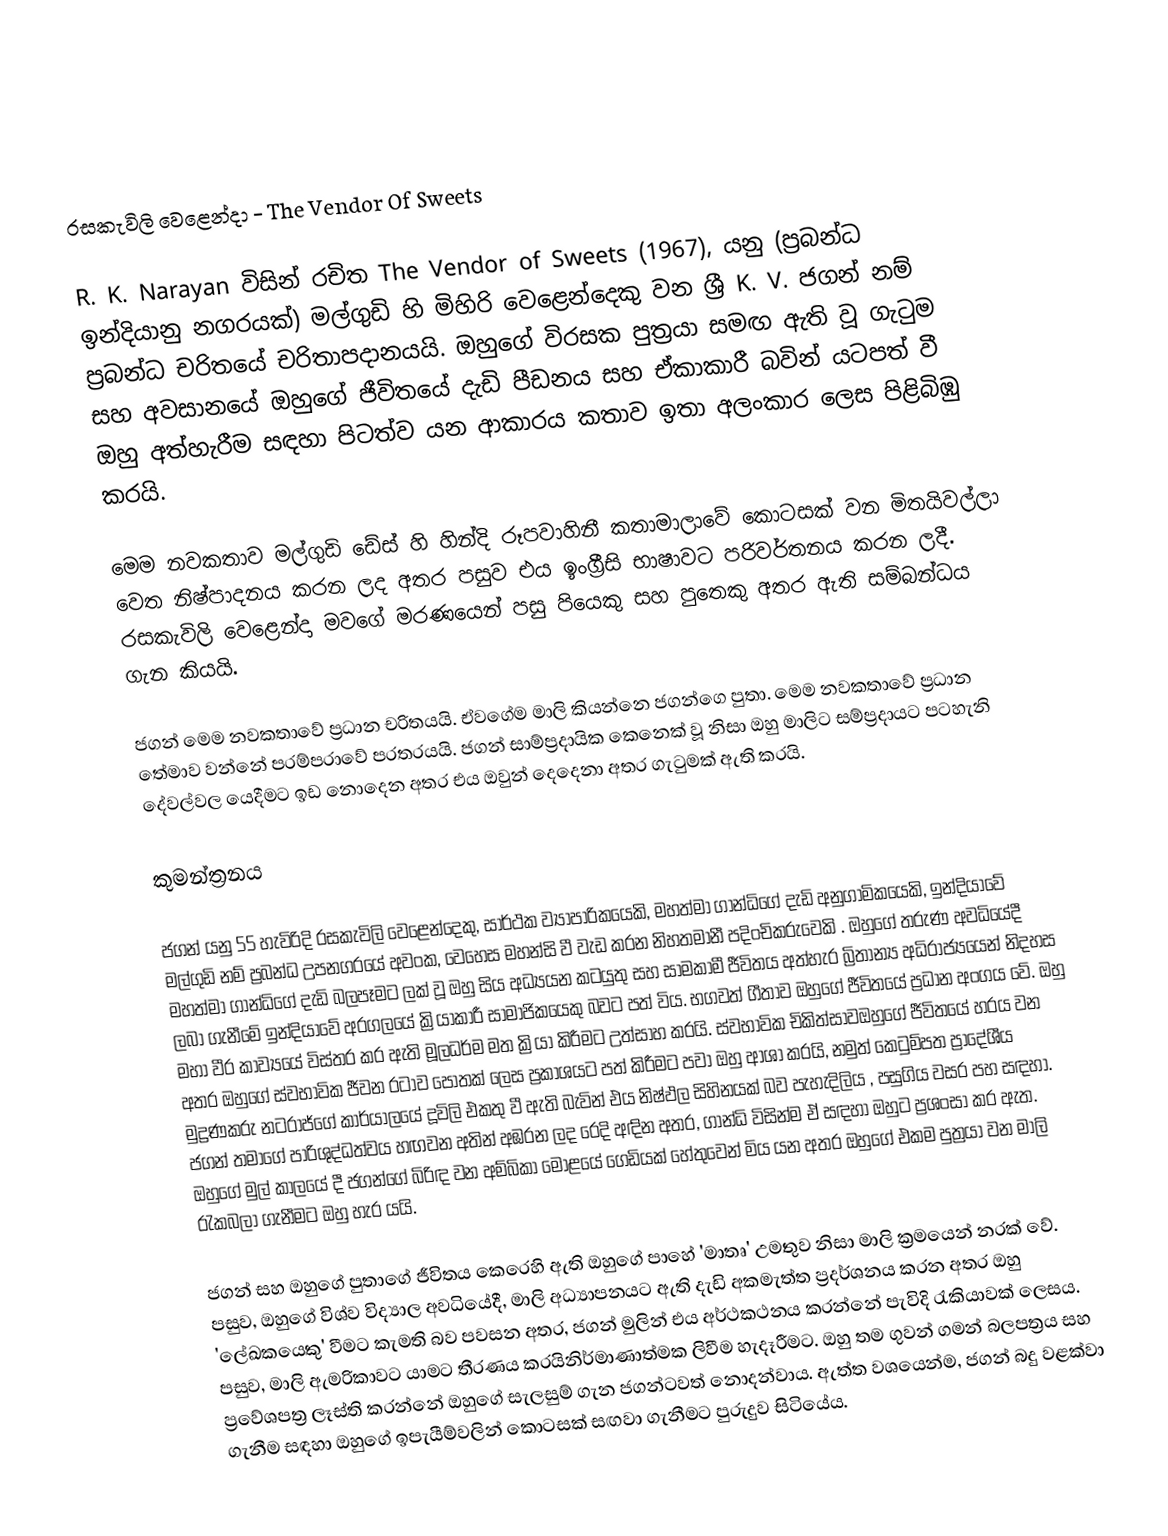

රසකැවිලි වෙළෙන්දා - The Vendor Of Sweets

R. K. Narayan විසින් රචිත The Vendor of Sweets (1967), යනු (ප්‍රබන්ධ ඉන්දියානු නගරයක්) මල්ගුඩි හි මිහිරි වෙළෙන්දෙකු වන ශ්‍රී K. V. ජගන් නම් ප්‍රබන්ධ චරිතයේ චරිතාපදානයයි. ඔහුගේ විරසක පුත්‍රයා සමඟ ඇති වූ ගැටුම සහ අවසානයේ ඔහුගේ ජීවිතයේ දැඩි පීඩනය සහ ඒකාකාරී බවින් යටපත් වී ඔහු අත්හැරීම සඳහා පිටත්ව යන ආකාරය කතාව ඉතා අලංකාර ලෙස පිළිබිඹු කරයි.

මෙම නවකතාව මල්ගුඩි ඩේස් හි හින්දි රූපවාහිනී කතාමාලාවේ කොටසක් වන මිතයිවල්ලා වෙත නිෂ්පාදනය කරන ලද අතර පසුව එය ඉංග්‍රීසි භාෂාවට පරිවර්තනය කරන ලදී. රසකැවිලි වෙළෙන්දා මවගේ මරණයෙන් පසු පියෙකු සහ පුතෙකු අතර ඇති සම්බන්ධය ගැන කියයි.

ජගන් මෙම නවකතාවේ ප්‍රධාන චරිතයයි. ඒවගේම මාලි කියන්නෙ ජගන්ගෙ පුතා. මෙම නවකතාවේ ප්‍රධාන තේමාව වන්නේ පරම්පරාවේ පරතරයයි. ජගන් සාම්ප්‍රදායික කෙනෙක් වූ නිසා ඔහු මාලිට සම්ප්‍රදායට පටහැනි දේවල්වල යෙදීමට ඉඩ නොදෙන අතර එය ඔවුන් දෙදෙනා අතර ගැටුමක් ඇති කරයි.

කුමන්ත්‍රනය

ජගන් යනු 55 හැවිරිදි රසකැවිලි වෙළෙන්දෙකු, සාර්ථක ව්‍යාපාරිකයෙකි, මහත්මා ගාන්ධිගේ දැඩි අනුගාමිකයෙකි, ඉන්දියාවේ මල්ගුඩි නම් ප්‍රබන්ධ උපනගරයේ අවංක, වෙහෙස මහන්සි වී වැඩ කරන නිහතමානී පදිංචිකරුවෙකි . ඔහුගේ තරුණ අවධියේදී මහත්මා ගාන්ධිගේ දැඩි බලපෑමට ලක් වූ ඔහු සිය අධ්‍යයන කටයුතු සහ සාමකාමී ජීවිතය අත්හැර බ්‍රිතාන්‍ය අධිරාජ්‍යයෙන් නිදහස ලබා ගැනීමේ ඉන්දියාවේ අරගලයේ ක්‍රියාකාරී සාමාජිකයෙකු බවට පත් විය. භගවත් ගීතාව ඔහුගේ ජීවිතයේ ප්‍රධාන අංගය වේ. ඔහු මහා වීර කාව්‍යයේ විස්තර කර ඇති මූලධර්ම මත ක්‍රියා කිරීමට උත්සාහ කරයි. ස්වභාවික චිකිත්සාවඔහුගේ ජීවිතයේ හරය වන අතර ඔහුගේ ස්වභාවික ජීවන රටාව පොතක් ලෙස ප්‍රකාශයට පත් කිරීමට පවා ඔහු ආශා කරයි, නමුත් කෙටුම්පත ප්‍රාදේශීය මුද්‍රණකරු නටරාජ්ගේ කාර්යාලයේ දූවිලි එකතු වී ඇති බැවින් එය නිෂ්ඵල සිහිනයක් බව පැහැදිලිය , පසුගිය වසර පහ සඳහා. ජගන් තමාගේ පාරිශුද්ධත්වය හඟවන අතින් අඹරන ලද රෙදි අඳින අතර, ගාන්ධි විසින්ම ඒ සඳහා ඔහුට ප්‍රශංසා කර ඇත. ඔහුගේ මුල් කාලයේ දී ජගන්ගේ බිරිඳ වන අම්බිකා මොළයේ ගෙඩියක් හේතුවෙන් මිය යන අතර ඔහුගේ එකම පුත්‍රයා වන මාලි රැකබලා ගැනීමට ඔහු හැර යයි.

ජගන් සහ ඔහුගේ පුතාගේ ජීවිතය කෙරෙහි ඇති ඔහුගේ පාහේ 'මාතෘ' උමතුව නිසා මාලි ක්‍රමයෙන් නරක් වේ. පසුව, ඔහුගේ විශ්ව විද්‍යාල අවධියේදී, මාලි අධ්‍යාපනයට ඇති දැඩි අකමැත්ත ප්‍රදර්ශනය කරන අතර ඔහු 'ලේඛකයෙකු' වීමට කැමති බව පවසන අතර, ජගන් මුලින් එය අර්ථකථනය කරන්නේ පැවිදි රැකියාවක් ලෙසය. පසුව, මාලි ඇමරිකාවට යාමට තීරණය කරයිනිර්මාණාත්මක ලිවීම හැදෑරීමට. ඔහු තම ගුවන් ගමන් බලපත්‍රය සහ ප්‍රවේශපත්‍ර ලෑස්ති ​​කරන්නේ ඔහුගේ සැලසුම් ගැන ජගන්ටවත් නොදන්වාය. ඇත්ත වශයෙන්ම, ජගන් බදු වළක්වා ගැනීම සඳහා ඔහුගේ ඉපැයීම්වලින් කොටසක් සඟවා ගැනීමට පුරුදුව සිටියේය.